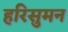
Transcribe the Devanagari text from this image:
हरिसुमन